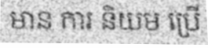
មាន ការ និយម ប្រើ